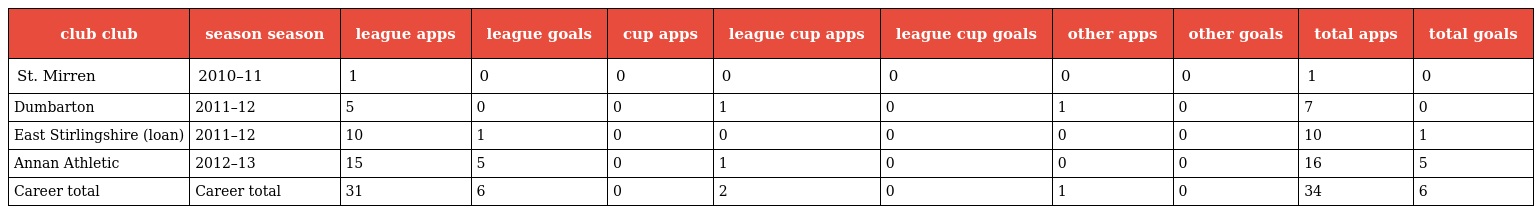
| club club | season season | league apps | league goals | cup apps | league cup apps | league cup goals | other apps | other goals | total apps | total goals |
 | --- | --- | --- | --- | --- | --- | --- | --- | --- | --- | --- |
 | St. Mirren | 2010–11 | 1 | 0 | 0 | 0 | 0 | 0 | 0 | 1 | 0 |
 | Dumbarton | 2011–12 | 5 | 0 | 0 | 1 | 0 | 1 | 0 | 7 | 0 |
 | East Stirlingshire (loan) | 2011–12 | 10 | 1 | 0 | 0 | 0 | 0 | 0 | 10 | 1 |
 | Annan Athletic | 2012–13 | 15 | 5 | 0 | 1 | 0 | 0 | 0 | 16 | 5 |
 | Career total | Career total | 31 | 6 | 0 | 2 | 0 | 1 | 0 | 34 | 6 |